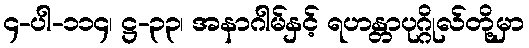
၄-ပါ-၁၁၄၊ ဋ္ဌ-၃၃၊ အနာဂါမ်နှင့် ရဟန္တာပုဂ္ဂိုလ်တို့မှာ